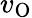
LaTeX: v_{\mathrm{O}}